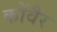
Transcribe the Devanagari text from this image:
कोंवैर